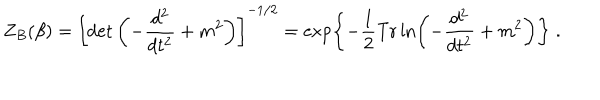
Z _ { B } ( \beta ) = \left[ \det \left( - { \frac { d ^ { 2 } } { d t ^ { 2 } } } + m ^ { 2 } \right) \right] ^ { - 1 / 2 } = \exp \biggl \{ - { \frac { 1 } { 2 } } \mathrm { T r } \ln \left( - { \frac { d ^ { 2 } } { d t ^ { 2 } } } + m ^ { 2 } \right) \biggr \} \; .